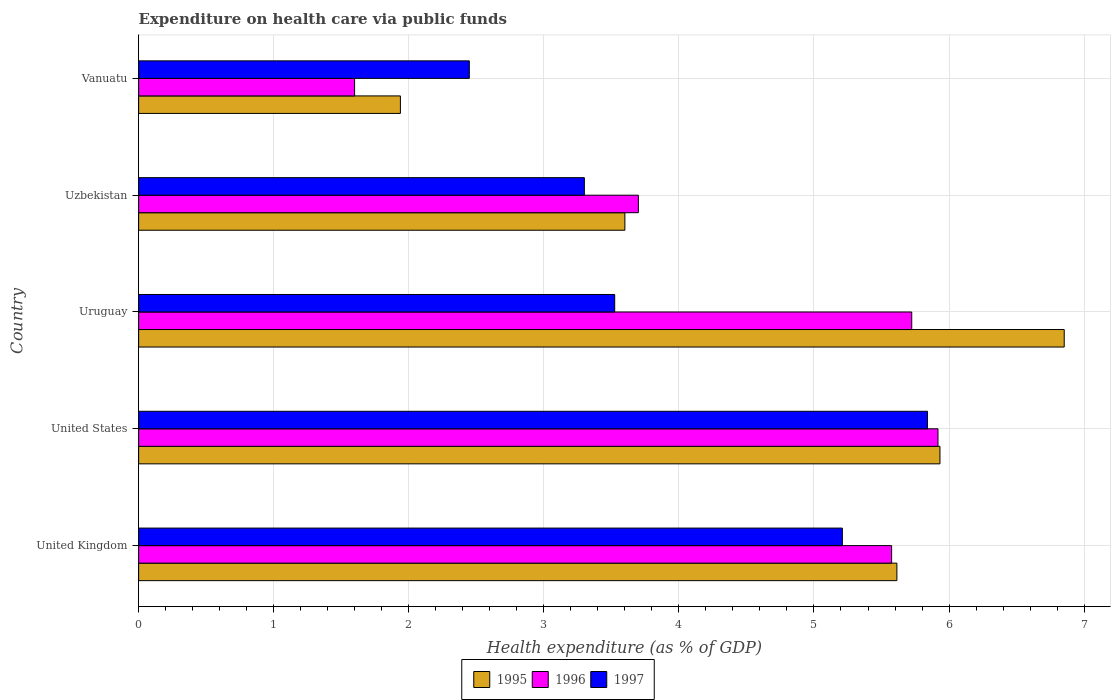
| Country | 1995 | 1996 | 1997 |
 | --- | --- | --- | --- |
 | United Kingdom | 5.61 | 5.57 | 5.21 |
 | United States | 5.93 | 5.92 | 5.84 |
 | Uruguay | 6.85 | 5.72 | 3.52 |
 | Uzbekistan | 3.6 | 3.7 | 3.3 |
 | Vanuatu | 1.94 | 1.6 | 2.45 |